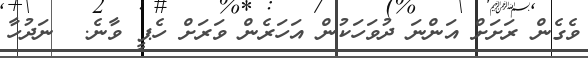
ވެގެން ރަށަށް އަންނަ ދުވަހަކުން އަހަރެން ވަރަށް ހެޕީ ވާނެ.  ނަދުހާ